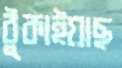
ঠুকাইয়াছ